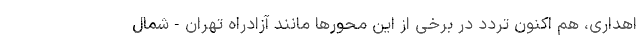
اهداری، هم اکنون تردد در برخی از این محورها مانند آزادراه تهران-شمال